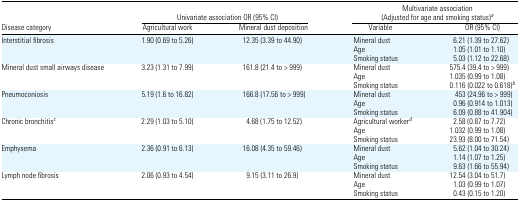
|  | <COLSPAN=2> Univariate association OR (95% CI) | <COLSPAN=2> Multivariate association (Adjusted for age and smoking status)a |
 | Disease category | Agricultural work | Mineral dust deposition | Variable | OR (95% CI) |
 | --- | --- | --- | --- | --- |
 | Interstitial fibrosis | 1.90 (0.69 to 5.26) | 12.35 (3.39 to 44.90) | Mineral dust | 6.21 (1.39 to 27.62) |
 |  |  |  | Age | 1.05 (1.01 to 1.10) |
 |  |  |  | Smoking status | 5.03 (1.12 to 22.68) |
 | Mineral dust small airways disease | 3.23 (1.31 to 7.99) | 161.8 (21.4 to > 999) | Mineral dust | 575.4 (39.4 to > 999) |
 |  |  |  | Age | 1.035 (0.99 to 1.08) |
 |  |  |  | Smoking status | 0.116 (0.022 to 0.618)b |
 | Pneumoconiosis | 5.19 (1.6 to 16.82) | 166.8 (17.56 to > 999) | Mineral dust | 453 (24.96 to > 999) |
 |  |  |  | Age | 0.96 (0.914 to 1.013) |
 |  |  |  | Smoking status | 6.09 (0.88 to 41.904) |
 | Chronic bronchitisc | 2.29 (1.03 to 5.10) | 4.68 (1.75 to 12.52) | Agricultural workerd | 2.58 (0.87 to 7.72) |
 |  |  |  | Age | 1.032 (0.99 to 1.08) |
 |  |  |  | Smoking status | 23.93 (8.00 to 71.54) |
 | Emphysema | 2.36 (0.91 to 6.13) | 16.08 (4.35 to 59.46) | Mineral dust | 5.62 (1.04 to 30.24) |
 |  |  |  | Age | 1.14 (1.07 to 1.25) |
 |  |  |  | Smoking status | 9.63 (1.66 to 55.94) |
 | Lymph node fibrosis | 2.06 (0.93 to 4.54) | 9.15 (3.11 to 26.9) | Mineral dust | 12.54 (3.04 to 51.7) |
 |  |  |  | Age | 1.03 (0.99 to 1.07) |
 |  |  |  | Smoking status | 0.43 (0.15 to 1.20) |